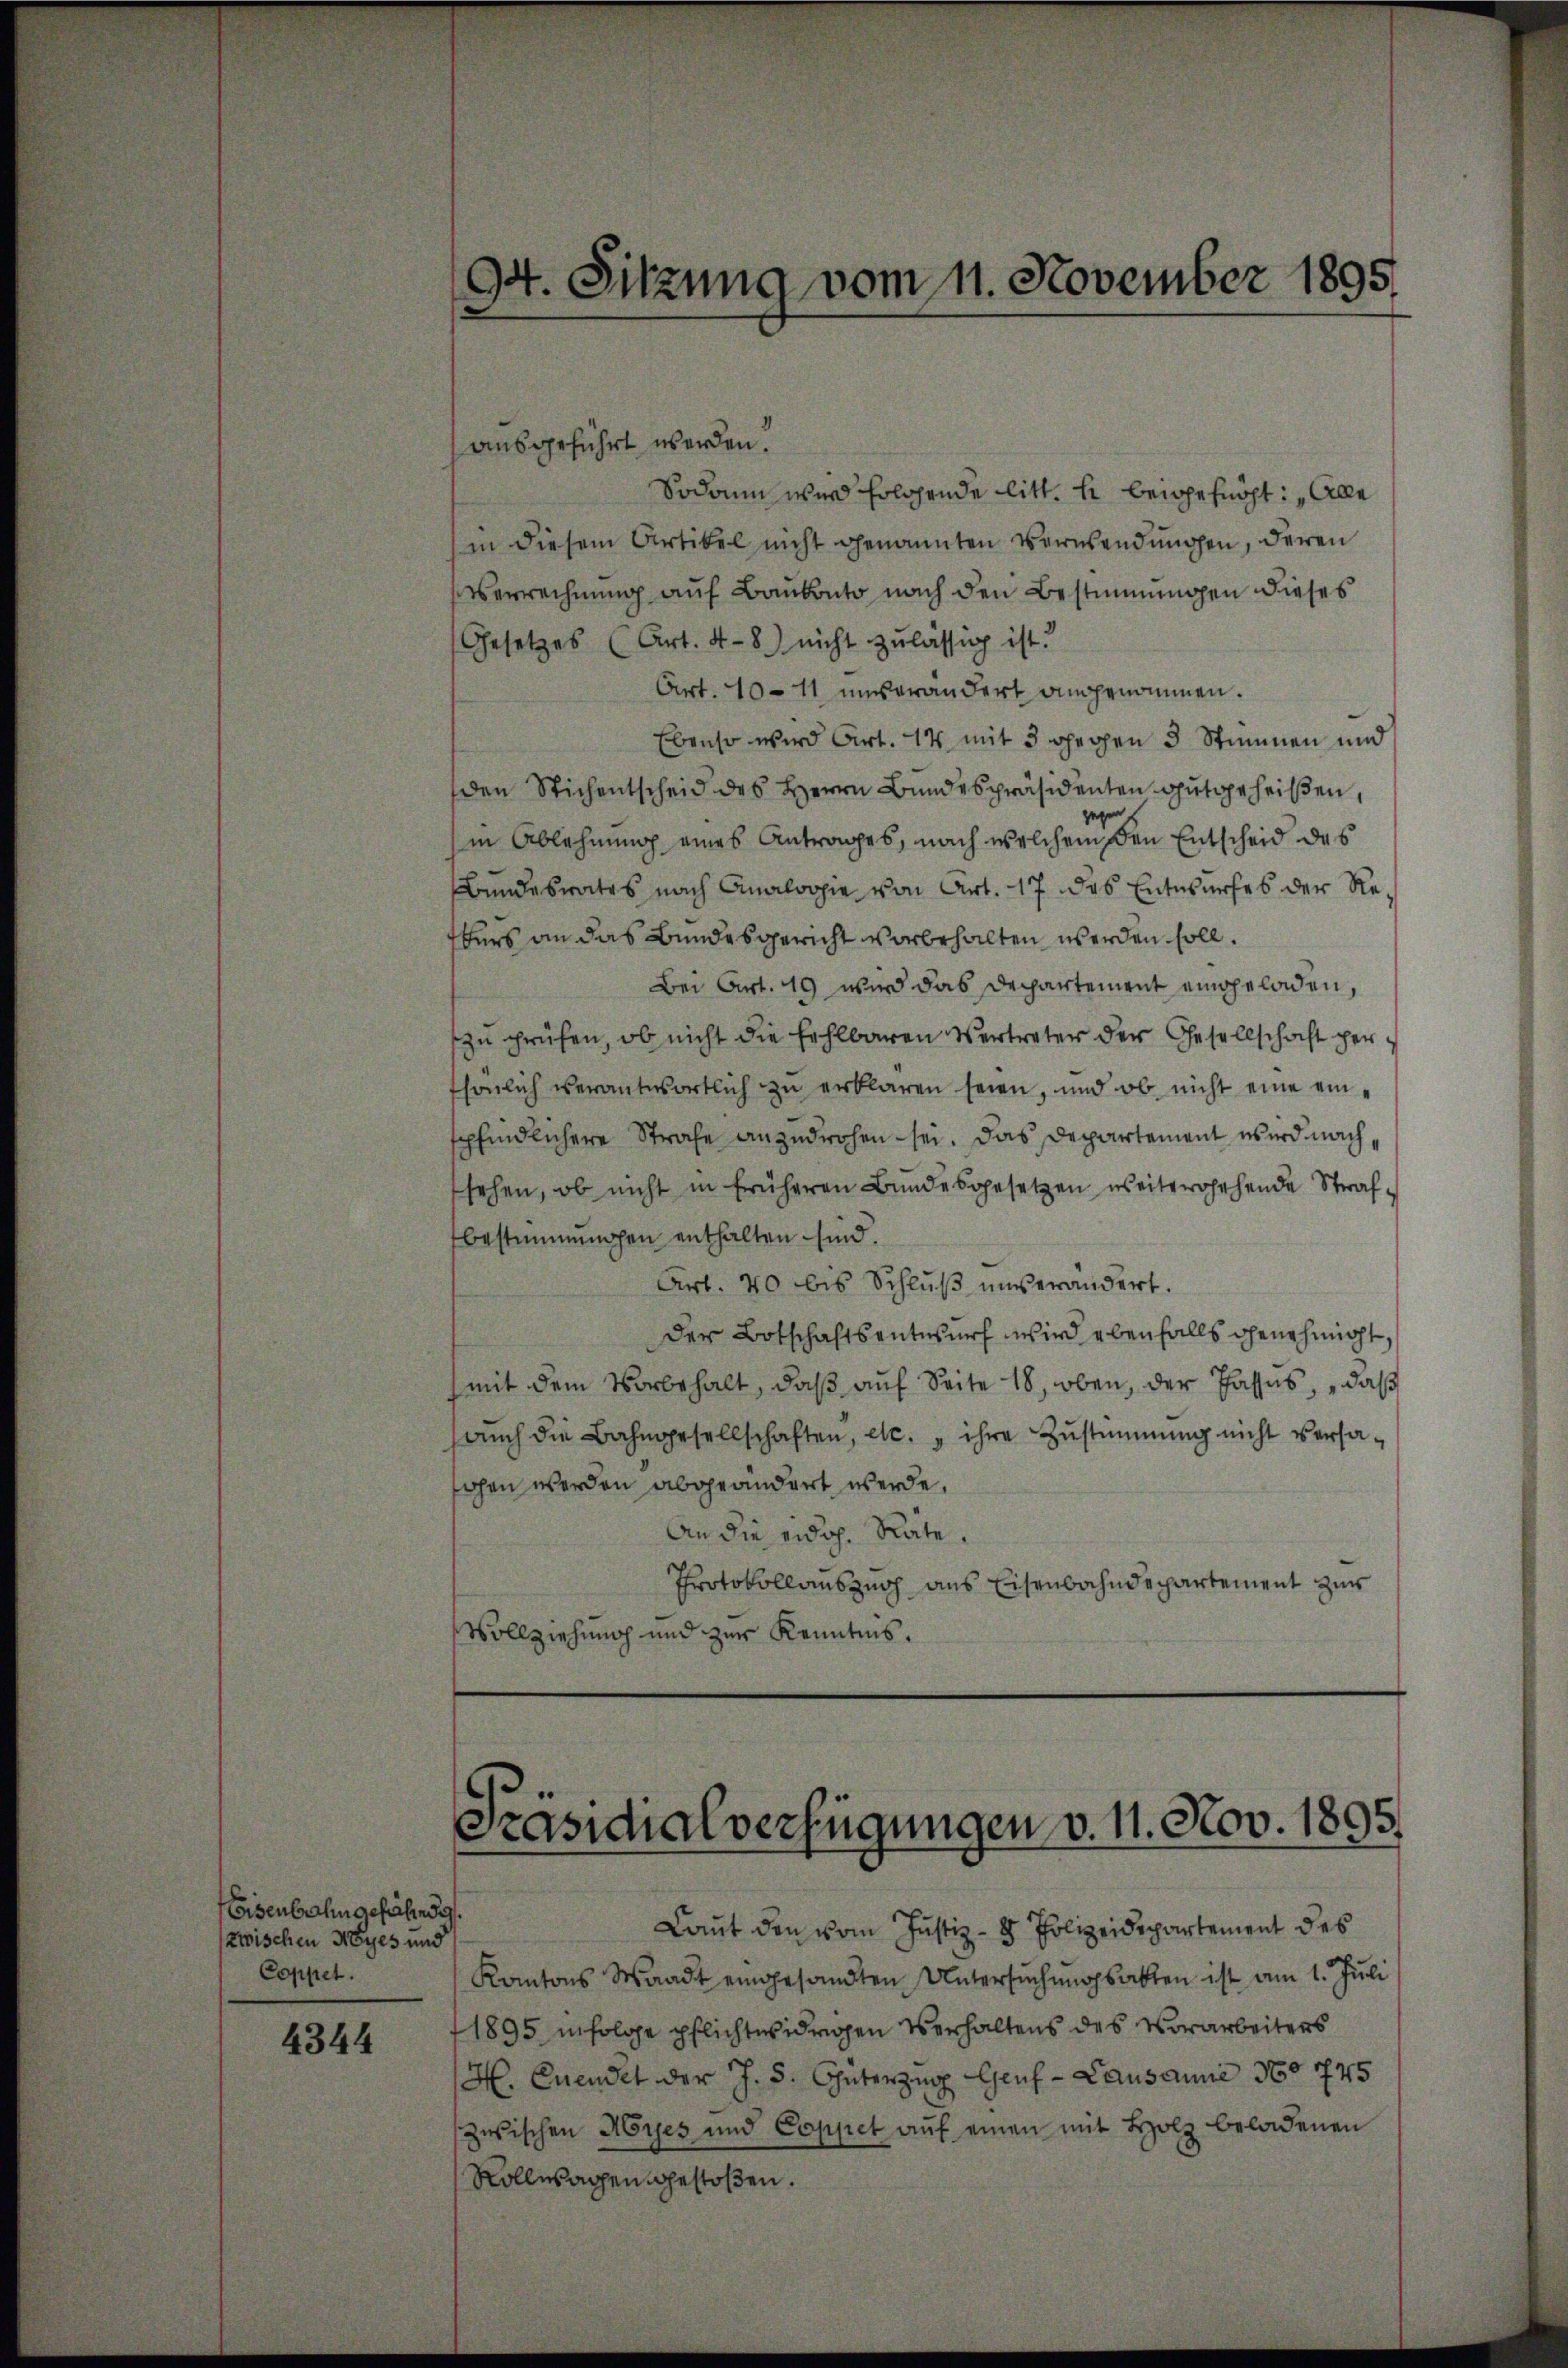
oisenbahn gefährde
zwischen Nyes und
Coppet.

4344

ausgeführt worden.
Sodann wird folgende litt. h beigefügt: „Alle
in diesem Artikel nicht genannten Verwendungen, deren
serrechnung auf Baukonto nach den Bestimmungen dieses
Gesetzes (Art. 4-8) nicht zulässig ist.
Art. 10–11 unverändert angenommen.
Ebenso wird Art. 14 mit 3 gegen 3 Stimmen und
den Stichentscheid des Herrn Bundespräsidenten gutgeheißen,
gegen
in Ablehnung eines Antrages, nach welchem den Entscheid des
Bundesrates nach Analogie von Art. 17 des Entwurfes der Refers an das Bundesgericht vorbehalten werden soll.
Bei Art. 419 wird das Dechartement eingeladen,
zu prüfen, ob nicht die fehlbaren Vertreter der Gesellschaft perssönlich verantwortlich zu erklären seien, und ob nicht eine einspfindlichere Strafe anzudrohen sei. Das Departement wird nachsehen, ob nicht in früheren Bundesgesetzen weitergehende Strafbestimmungen enthalten sind.
Art. 40 bis Schluß unverändert.
der Botschaftsentwurf wird ebenfalls genehmigt,
mit dem Vorbehalt, daß auf Seite 18, oben, der Passus, daß
aŭch die Bahngesellschaften, etc. ihre Zŭstimmung nicht versafohen werden abgeändert werde,
An die eidg. Räte.
Protokollauszug aus Eisenbahndepartement zur
Vollziehung und zur Kenntnis.

94. Sitzung vom 11. November 1895.

Präsidialverfügungen v. 11. Nov. 1895.

Laut den vom Justiz- & Polizeidepartement des
Kantons Waadt eingesandten Untersuchungsakten ist am 1. Juli
1895 infolge pflichtwidrigen Verhaltens des Vorarbeiters
H. Quendet der J. S. Güterzig Genf - Lausanne No 745
zwischen Myes und Coppet aŭf einen mit Holz beladenen
Rollwagen gestoßen.